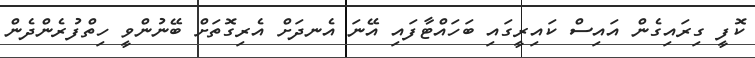
ކޮފީ ގިރައިގެން އައިސް ކައިރީގައި ބަހައްޓާފައި އޭނަ އެނދަށް އެރިގޮތަށް ބޭނުންވީ ހިތްފުރެންދެން